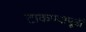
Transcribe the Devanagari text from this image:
टाकण्यापूर्वी